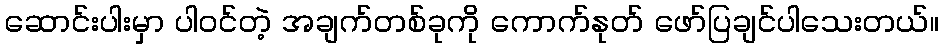
ဆောင်းပါးမှာ ပါဝင်တဲ့ အချက်တစ်ခုကို ကောက်နုတ် ဖော်ပြချင်ပါသေးတယ်။